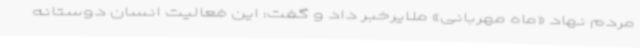
مردم نهاد «ماه مهربانی» ملایرخبر داد و گفت: این فعالیت انسان دوستانه